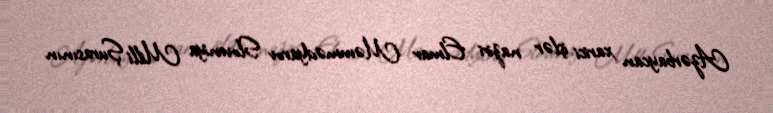
Azərbaycan xarici işlər naziri Elmar Məmmədyarov Sloveniya Milli Şurasının